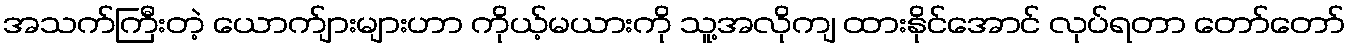
အသက်ကြီးတဲ့ ယောက်ျားများဟာ ကိုယ့်မယားကို သူ့အလိုကျ ထားနိုင်အောင် လုပ်ရတာ တော်တော်